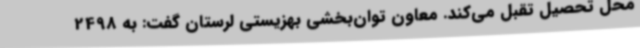
محل تحصیل تقبل می‌کند. معاون توان‌بخشی بهزیستی لرستان گفت: به 2498